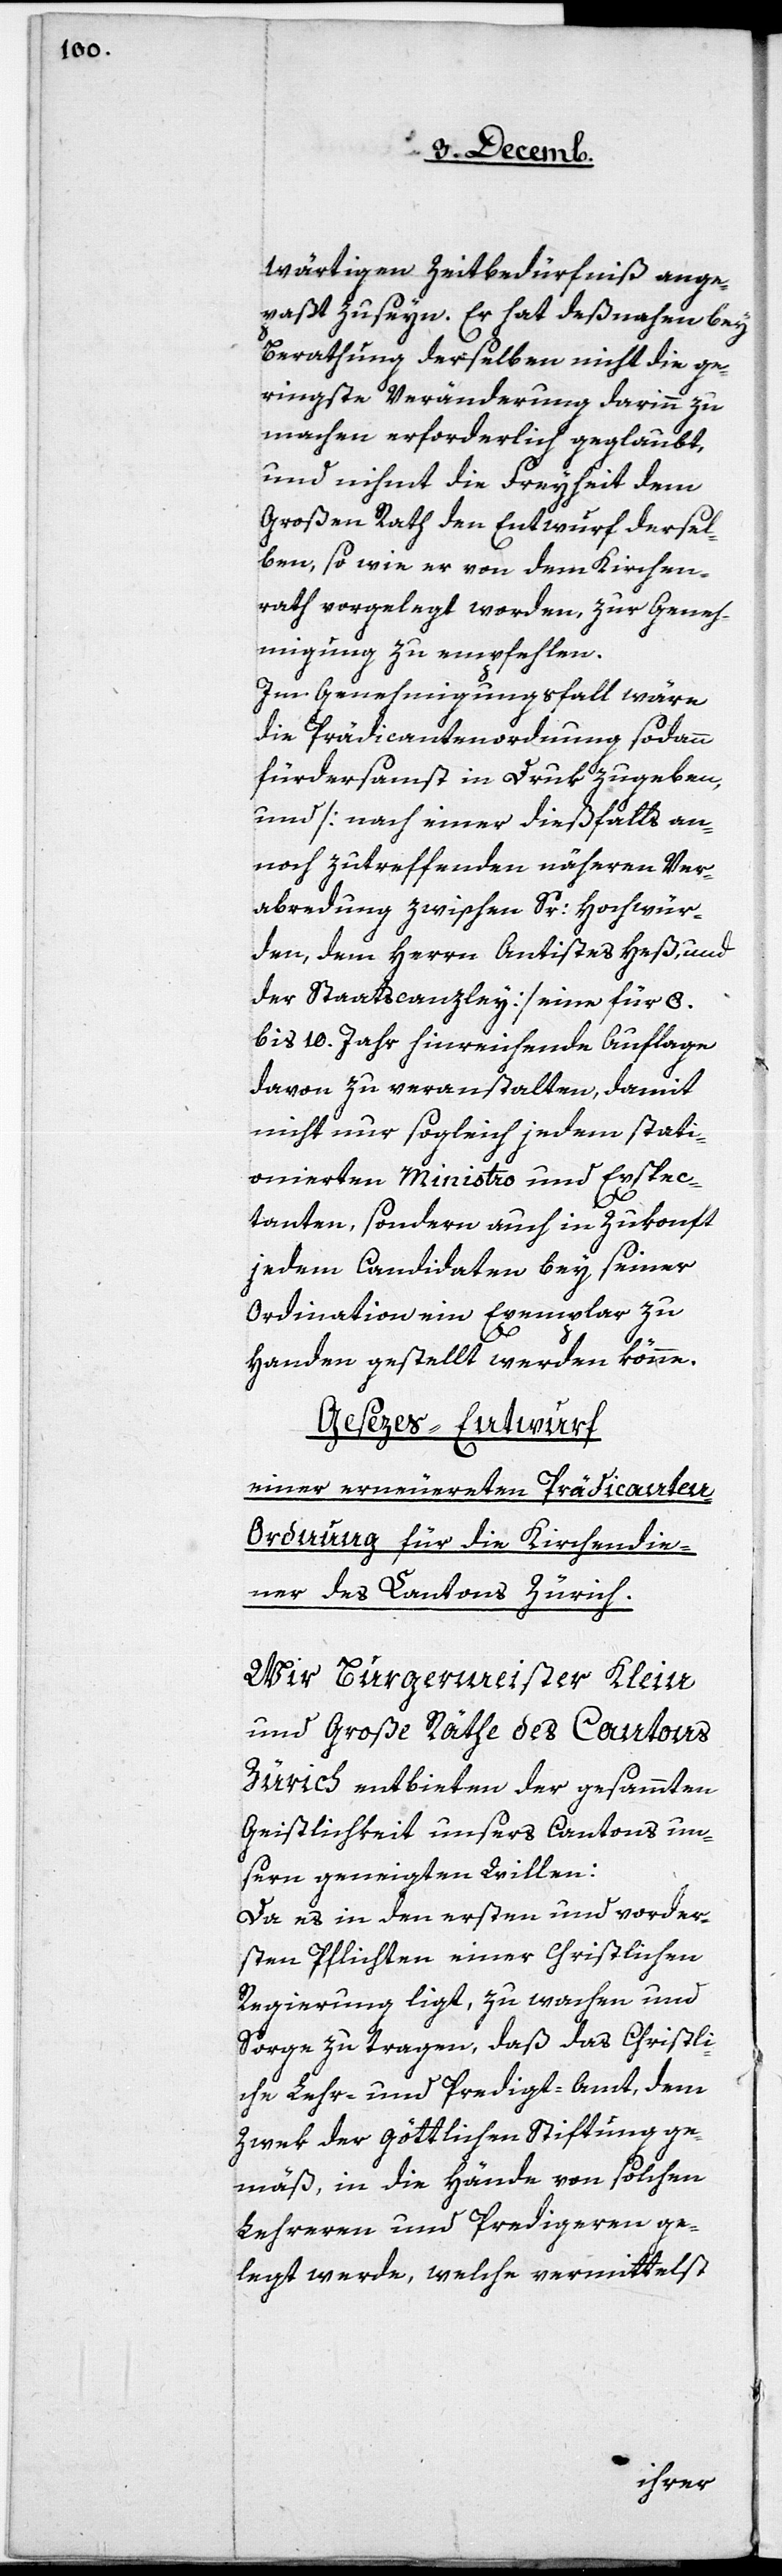
wärtigen Zeitbedürfniß ange¬
paßt zu seyn. Er hat deßnahen bey
Berathung derselben nicht die ge¬
ringste Veränderung darinn zu
machen erforderlich geglaubt,
und nihmt die Freyheit dem
Großen Rath den Entwurf dersel¬
ben, so wie er von dem Kirchen¬
rath vorgelegt worden, zur Geneh¬
migung zu empfehlen.
Im Genehmigungsfall wäre
die Prädicantenordnung sodann
fürdersamst in Druk zugeben,
und [nach einer dießfalls an¬
noch zutreffenden näheren Ver¬
abredung zwischen Sr: Hochwür¬
den, dem Herrn Antistes Heß, und
der Staatscanzley] eine für 8.
bis 10. Jahr hinreichende Auflage
davon zu veranstalten, damit
nicht nur sogleich jedem stati¬
onierten Ministro und Exspec¬
tanten, sondern auch in Zukonft
jedem Candidaten bey seiner
Ordination ein Exemplar zu
Handen gestellt werden könne.
Gesezes-Entwurf
einer erneuerten Prädicanten-O¬
rdnung für die Kirchendie¬
ner des Cantons Zürich.
Wir Burgermeister Klein
und Große Räthe des Cantons
Zürich entbieten der gesammten
Geistlichkeit unsers Cantons un¬
sern geneigten Willen:
Da es in den ersten und vorder¬
sten Pflichten einer Christlichen
Regierung ligt, zu wachen und
Sorge zu tragen, daß das Christli¬
che Lehr- und Predigt-Amt, dem
Zwek der göttlichen Stiftung ge¬
mäß, in die Hände von solchen
Lehreren und Predigeren ge¬
legt werde, welche vermittelst